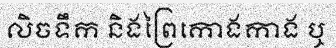
លិចទឹក និងព្រៃកោងកាង ឬ